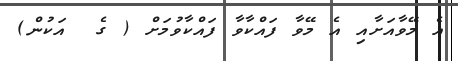
އެ މޭވާއަށާއި އެ މޭވާ ފައްކާވާ ފައްކާވުމަށް ( ގެ  އަކުން)